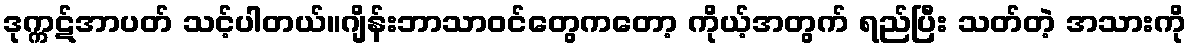
ဒုက္ကဋ်အာပတ် သင့်ပါတယ်။ဂျိန်းဘာသာဝင်တွေကတော့ ကိုယ့်အတွက် ရည်ပြီး သတ်တဲ့ အသားကို